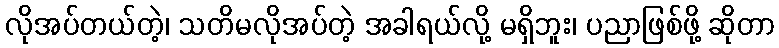
လိုအပ်တယ်တဲ့၊ သတိမလိုအပ်တဲ့ အခါရယ်လို့ မရှိဘူး၊ ပညာဖြစ်ဖို့ ဆိုတာ